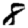
Digit: 8